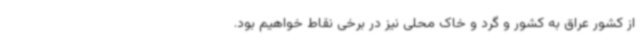
از کشور عراق به کشور و گرد و خاک محلی نیز در برخی نقاط خواهیم بود.